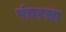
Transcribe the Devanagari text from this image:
पंचरसा